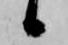
候